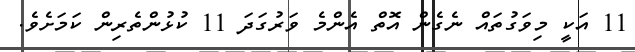
11 އަކީ މިވަގުތައް ނެގެން އޮތް އެންމެ ވަރުގަދަ 11 ކުޅުންތެރިން ކަމަށެވެ.